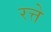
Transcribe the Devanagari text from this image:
रत्ते